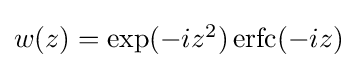
{\textstyle w(z)=\exp(-iz^{2})\operatorname {erfc} (-iz)}